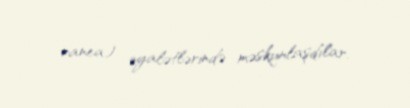
ranea) əyalətlərində məskunlaşdılar.